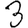
Digit: 3